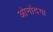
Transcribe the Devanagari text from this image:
ओनोंदगा